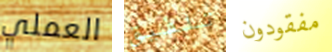
العملي تلفيق مفقودون